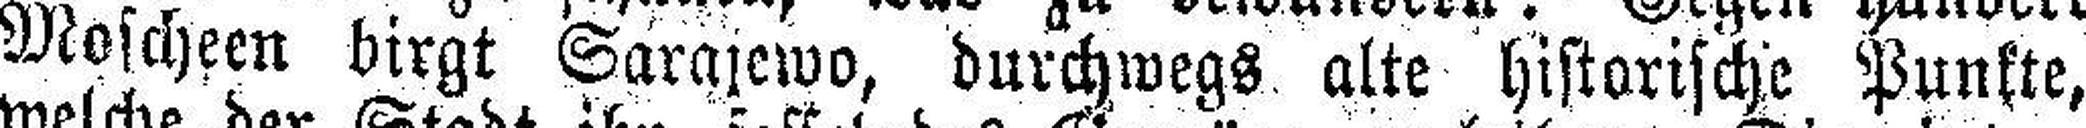
Moscheen birgt Sarajewo, durchwegs, alte historische Punkte,